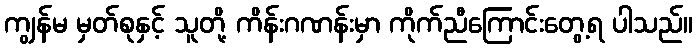
ကျွန်မ မှတ်စုနှင့် သူတို့ ကိန်းဂဏန်းမှာ ကိုက်ညီကြောင်းတွေ့ရ ပါသည်။